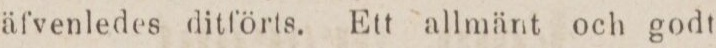
äfvenledes ditförts. Ett allmänt och godt